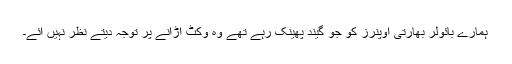
ہمارے بائولر بھارتی اوپنرز کو جو گیند پھینک رہے تھے وہ وکٹ اُڑانے پر توجہ دیتے نظر نہیں آئے۔